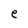
Character: e